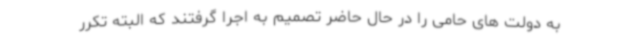
به دولت های حامی را در حال حاضر تصمیم به اجرا گرفتند که البته تکرر